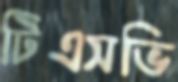
টিএসভি